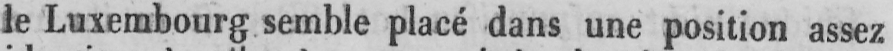
le Luxembourg semble placé dans une position assez